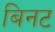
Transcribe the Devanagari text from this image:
बिनट